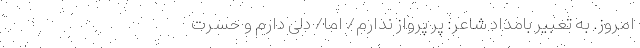
امروز. به تعبیر بامداد شاعر: پرِ پرواز ندارم/ اما/ دلی دارم و حسرت